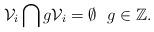
LaTeX: \begin{align*}\mathcal{V}_i \bigcap g \mathcal{V}_i = \emptyset \ \ g \in \mathbb{Z}.\end{align*}